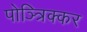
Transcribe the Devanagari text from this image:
पोञ्त्रिक्कर